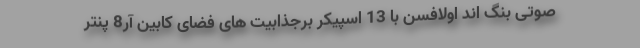
صوتی بنگ اند اولافسن با 13 اسپیکر برجذابیت های فضای کابین آر8 پنتر